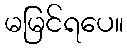
မမြင်ရပေ။